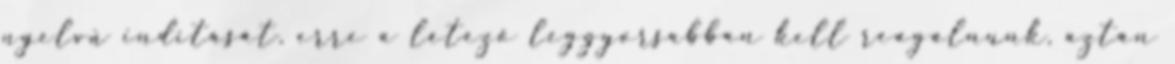
nyelvű indítását, erre a létező leggyorsabban kell reagálnunk, aztán